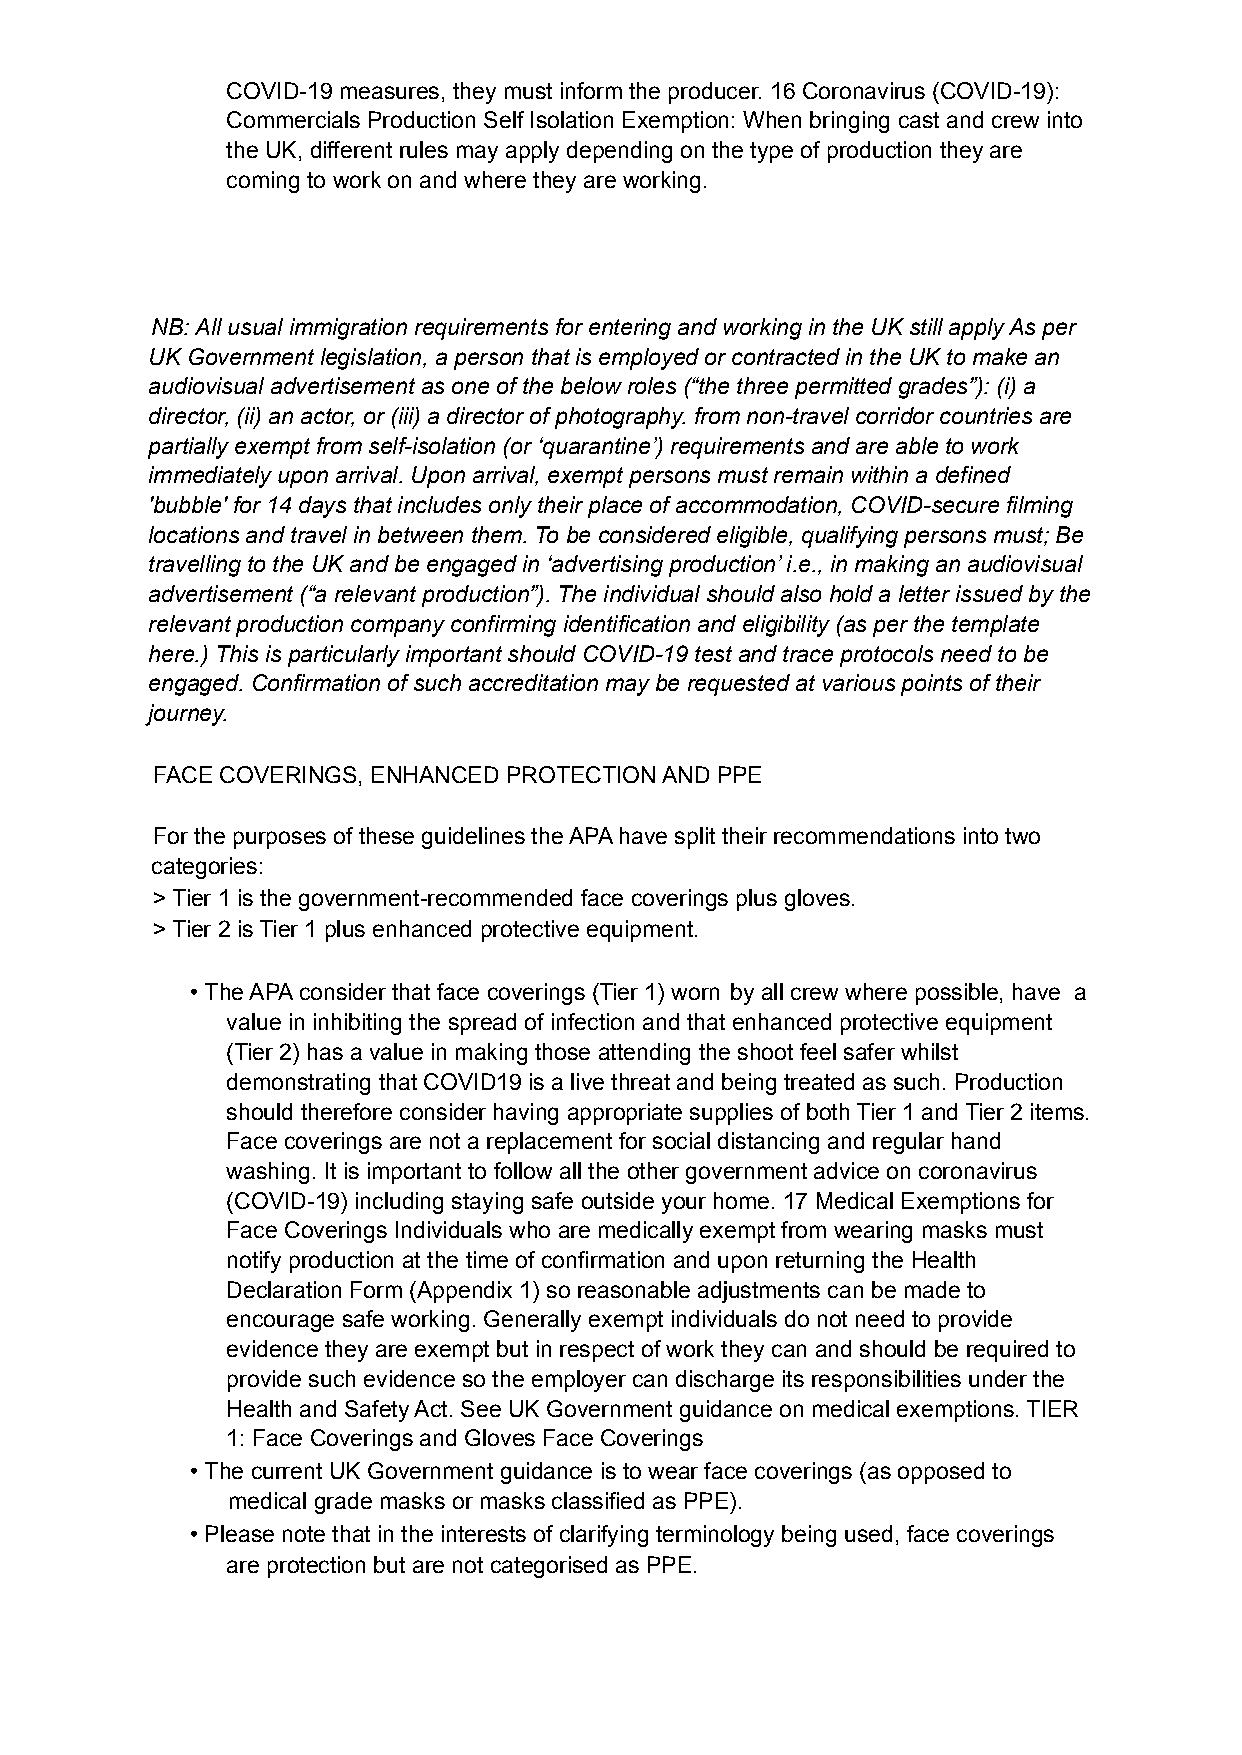
COVID-19 measures, they must inform the producer. 16 Coronavirus (COVID-19):
 Commercials Production Self Isolation Exemption: When bringing cast and crew into
 the UK, different rules may apply depending on the type of production they are
 coming to work on and where they are working.
 NB: All usual immigration requirements for entering and working in the UK still apply As per
 UK Government legislation, a person that is employed or contracted in the UK to make an
 audiovisual advertisement as one of the below roles (“the three permitted grades”): (i) a
 director, (ii) an actor, or (iii) a director of photography. from non-travel corridor countries are
 partially exempt from self-isolation (or ‘quarantine’) requirements and are able to work
 immediately upon arrival. Upon arrival, exempt persons must remain within a defined
 'bubble' for 14 days that includes only their place of accommodation, COVID-secure filming
 locations and travel in between them. To be considered eligible, qualifying persons must; Be
 travelling to the UK and be engaged in ‘advertising production’ i.e., in making an audiovisual
 advertisement (“a relevant production”). The individual should also hold a letter issued by the
 relevant production company confirming identification and eligibility (as per the template
 here.) This is particularly important should COVID-19 test and trace protocols need to be
 engaged. Confirmation of such accreditation may be requested at various points of their
 journey.
 FACE COVERINGS, ENHANCED PROTECTION AND PPE
 For the purposes of these guidelines the APA have split their recommendations into two
 categories:
 > Tier 1 is the government-recommended face coverings plus gloves.
 > Tier 2 is Tier 1 plus enhanced protective equipment.
 •The APA consider that face coverings (Tier 1) worn by all crew where possible, have a
 value in inhibiting the spread of infection and that enhanced protective equipment
 (Tier 2) has a value in making those attending the shoot feel safer whilst
 demonstrating that COVID19 is a live threat and being treated as such. Production
 should therefore consider having appropriate supplies of both Tier 1 and Tier 2 items.
 Face coverings are not a replacement for social distancing and regular hand
 washing. It is important to follow all the other government advice on coronavirus
 (COVID-19) including staying safe outside your home. 17 Medical Exemptions for
 Face Coverings Individuals who are medically exempt from wearing masks must
 notify production at the time of confirmation and upon returning the Health
 Declaration Form (Appendix 1) so reasonable adjustments can be made to
 encourage safe working. Generally exempt individuals do not need to provide
 evidence they are exempt but in respect of work they can and should be required to
 provide such evidence so the employer can discharge its responsibilities under the
 Health and Safety Act. See UK Government guidance on medical exemptions. TIER
 1: Face Coverings and Gloves Face Coverings
 •The current UK Government guidance is to wear face coverings (as opposed to
 medical grade masks or masks classified as PPE).
 •Please note that in the interests of clarifying terminology being used, face coverings
 are protection but are not categorised as PPE.